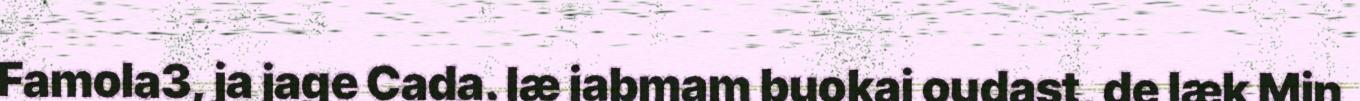
Famola3, ja jage Cada. læ jabmam buokai oudast, de læk Min